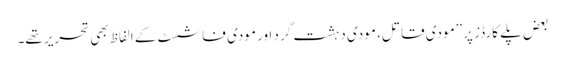
بعض پلے کارڈز پر ”مودی قاتل، مودی دہشت گرد اور مودی فاشسٹ کے الفاظ بھی تحریر تھے۔